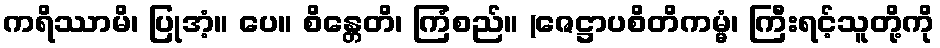
ကရိဿာမိ၊ ပြုအံ့။ ပေ။ စိန္တေတိ၊ ကြံစည်။ (ဇေဋ္ဌာပစိတိကမ္မံ၊ ကြီးရင့်သူတို့ကို